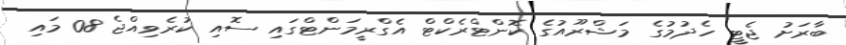
ބާރަށު ޖެޓީ ހެދުމުގެ މަޝްރޫއުގެ ކޮންޓްރެކްޓް އެގްރީމަންޓްގައި ސޮއި ކުރެވިއްޖެ 08 މައި